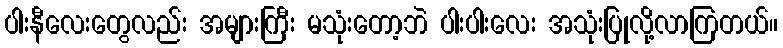
ပါးနီလေးတွေလည်း အများကြီး မသုံးတော့ဘဲ ပါးပါးလေး အသုံးပြုလို့လာကြတယ်။